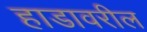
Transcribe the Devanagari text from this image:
हाडावरील